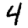
Digit: 4